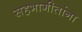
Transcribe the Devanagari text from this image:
सहभागीतांना